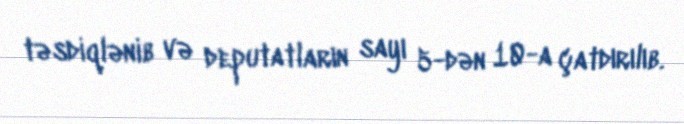
təsdiqlənib və deputatların sayı 5-dən 10-a çatdırılıb.